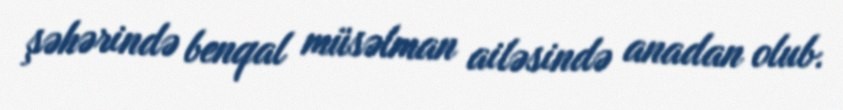
şəhərində benqal müsəlman ailəsində anadan olub.